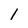
Character: 1